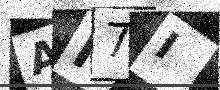
Text: AN7I